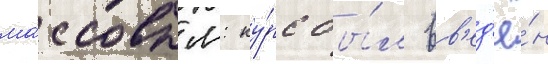
ма́ссовым: ку́рс бы́л вв'ед'ё́н